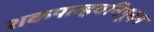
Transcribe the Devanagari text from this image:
शकपल्हवनिषूदन